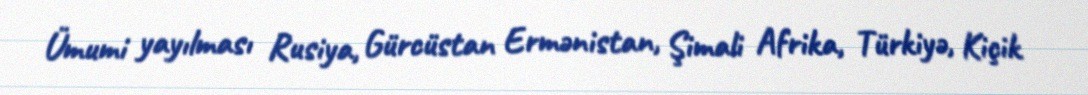
Ümumi yayılması Rusiya, Gürcüstan Ermənistan, Şimali Afrika, Türkiyə, Kiçik